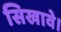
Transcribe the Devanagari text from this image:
सिखावे।